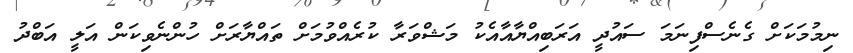
ނިމުމަކަށް ގެނެސްފިނަމަ ސައުދީ އަރަބިއްޔާއާއެކު މަޝްވަރާ ކުރެއްވުމަށް ތައްޔާރަށް ހުންނެވިކަން އަލީ އަބްދު